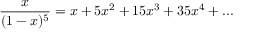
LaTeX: { \frac { x } { ( 1 - x ) ^ { 5 } } } = x + 5 x ^ { 2 } + 1 5 x ^ { 3 } + 3 5 x ^ { 4 } + . . .